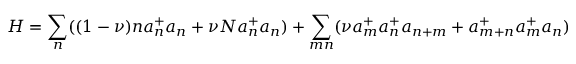
H = \sum _ { n } ( ( 1 - \nu ) n a _ { n } ^ { + } a _ { n } + \nu N a _ { n } ^ { + } a _ { n } ) + \sum _ { m n } ( \nu a _ { m } ^ { + } a _ { n } ^ { + } a _ { n + m } + a _ { m + n } ^ { + } a _ { m } ^ { + } a _ { n } )